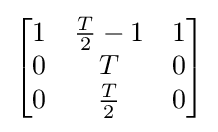
{\begin{bmatrix}1&{\frac {T}{2}}-1&1\\0&T&0\\0&{\frac {T}{2}}&0\end{bmatrix}}